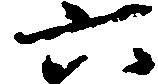
六